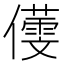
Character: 𪝸